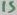
Text: 15